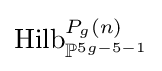
\mathrm {Hilb} _{\mathbb {P} ^{5g-5-1}}^{P_{g}(n)}